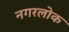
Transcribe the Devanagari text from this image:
नगरलोक